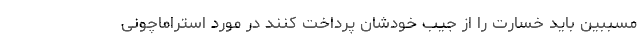
مسببین باید خسارت را از جیب خودشان پرداخت کنند در مورد استراماچونی